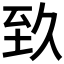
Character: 𦤷